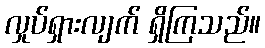
လှုပ်ရှားလျက် ရှိကြသည်။